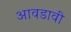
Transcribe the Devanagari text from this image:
आवडावी